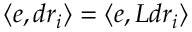
\langle e , d r _ { i } \rangle = \langle e , L d r _ { i } \rangle